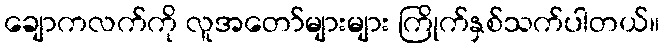
ချောကလက်ကို လူအတော်များများ ကြိုက်နှစ်သက်ပါတယ်။